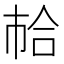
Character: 𢂷